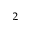
^ 2